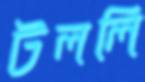
টললি